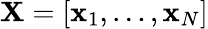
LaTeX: \textbf{X}=[\textbf{x}_{1},\dots,\textbf{x}_{N}]